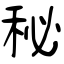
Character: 秘